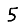
Digit: 5